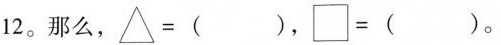
1 2$$。那么， $$△ = ( )$$，$$\Box = ( )$$。